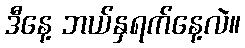
ဒီနေ့ ဘယ်နှရက်နေ့လဲ။